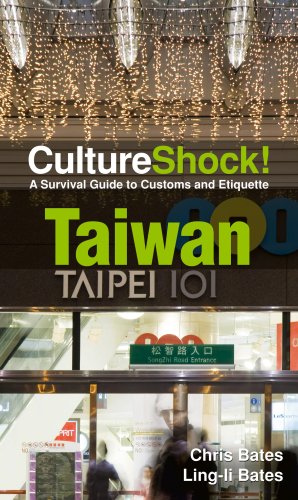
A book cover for CultureShock! Taiwan: A Survival Guide to Customs and Etiquette (Cultureshock Taiwan: A Survival Guide to Customs & Etiquette); Chris Bates; Travel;